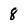
Character: 8